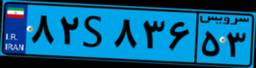
۷۴S۳۷۲۰۸